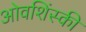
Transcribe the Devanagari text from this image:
ओवशिंस्की